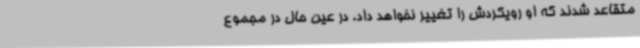
متقاعد شدند که او رویکردش را تغییر نخواهد داد. در عین حال در مجموع